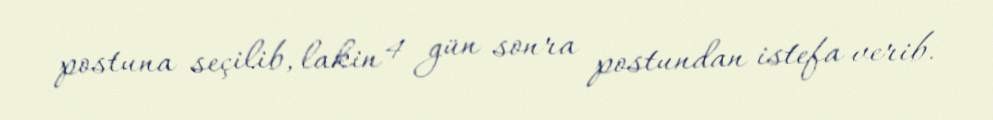
postuna seçilib, lakin 4 gün sonra postundan istefa verib.